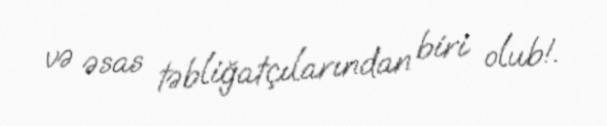
və əsas təbliğatçılarından biri olub!.